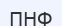
ПНФ